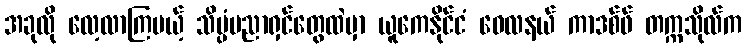
အခုလို လေ့လာကြမယ့် သိပ္ပံပညာရှင်တွေထဲမှာ ယူကေနိုင်ငံ ဝေလနယ် ကာဒစ်ဖ် တက္ကသိုလ်က